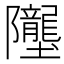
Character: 𲉥